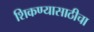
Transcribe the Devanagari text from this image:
शिकण्यासाठीचा